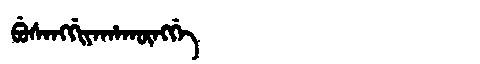
Manchu: ᠪᡠᠰᠠᠩᡤᡳᠶᠠᡥᠠᡴᡡᠩᡤᡝ
Romanization: BUSANGGIYAHAKŪNGGE